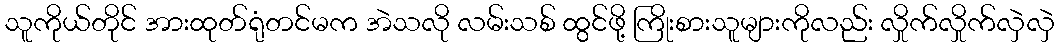
သူကိုယ်တိုင် အားထုတ်ရုံတင်မက အဲသလို လမ်းသစ် ထွင်ဖို့ ကြိုးစားသူများကိုလည်း လှိုက်လှိုက်လှဲလှဲ